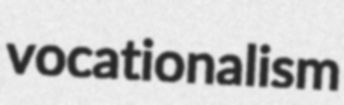
vocationalism